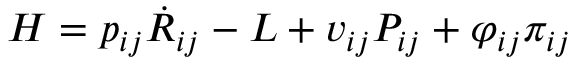
H = p _ { i j } \dot { R } _ { i j } - L + v _ { i j } P _ { i j } + \varphi _ { i j } \pi _ { i j }